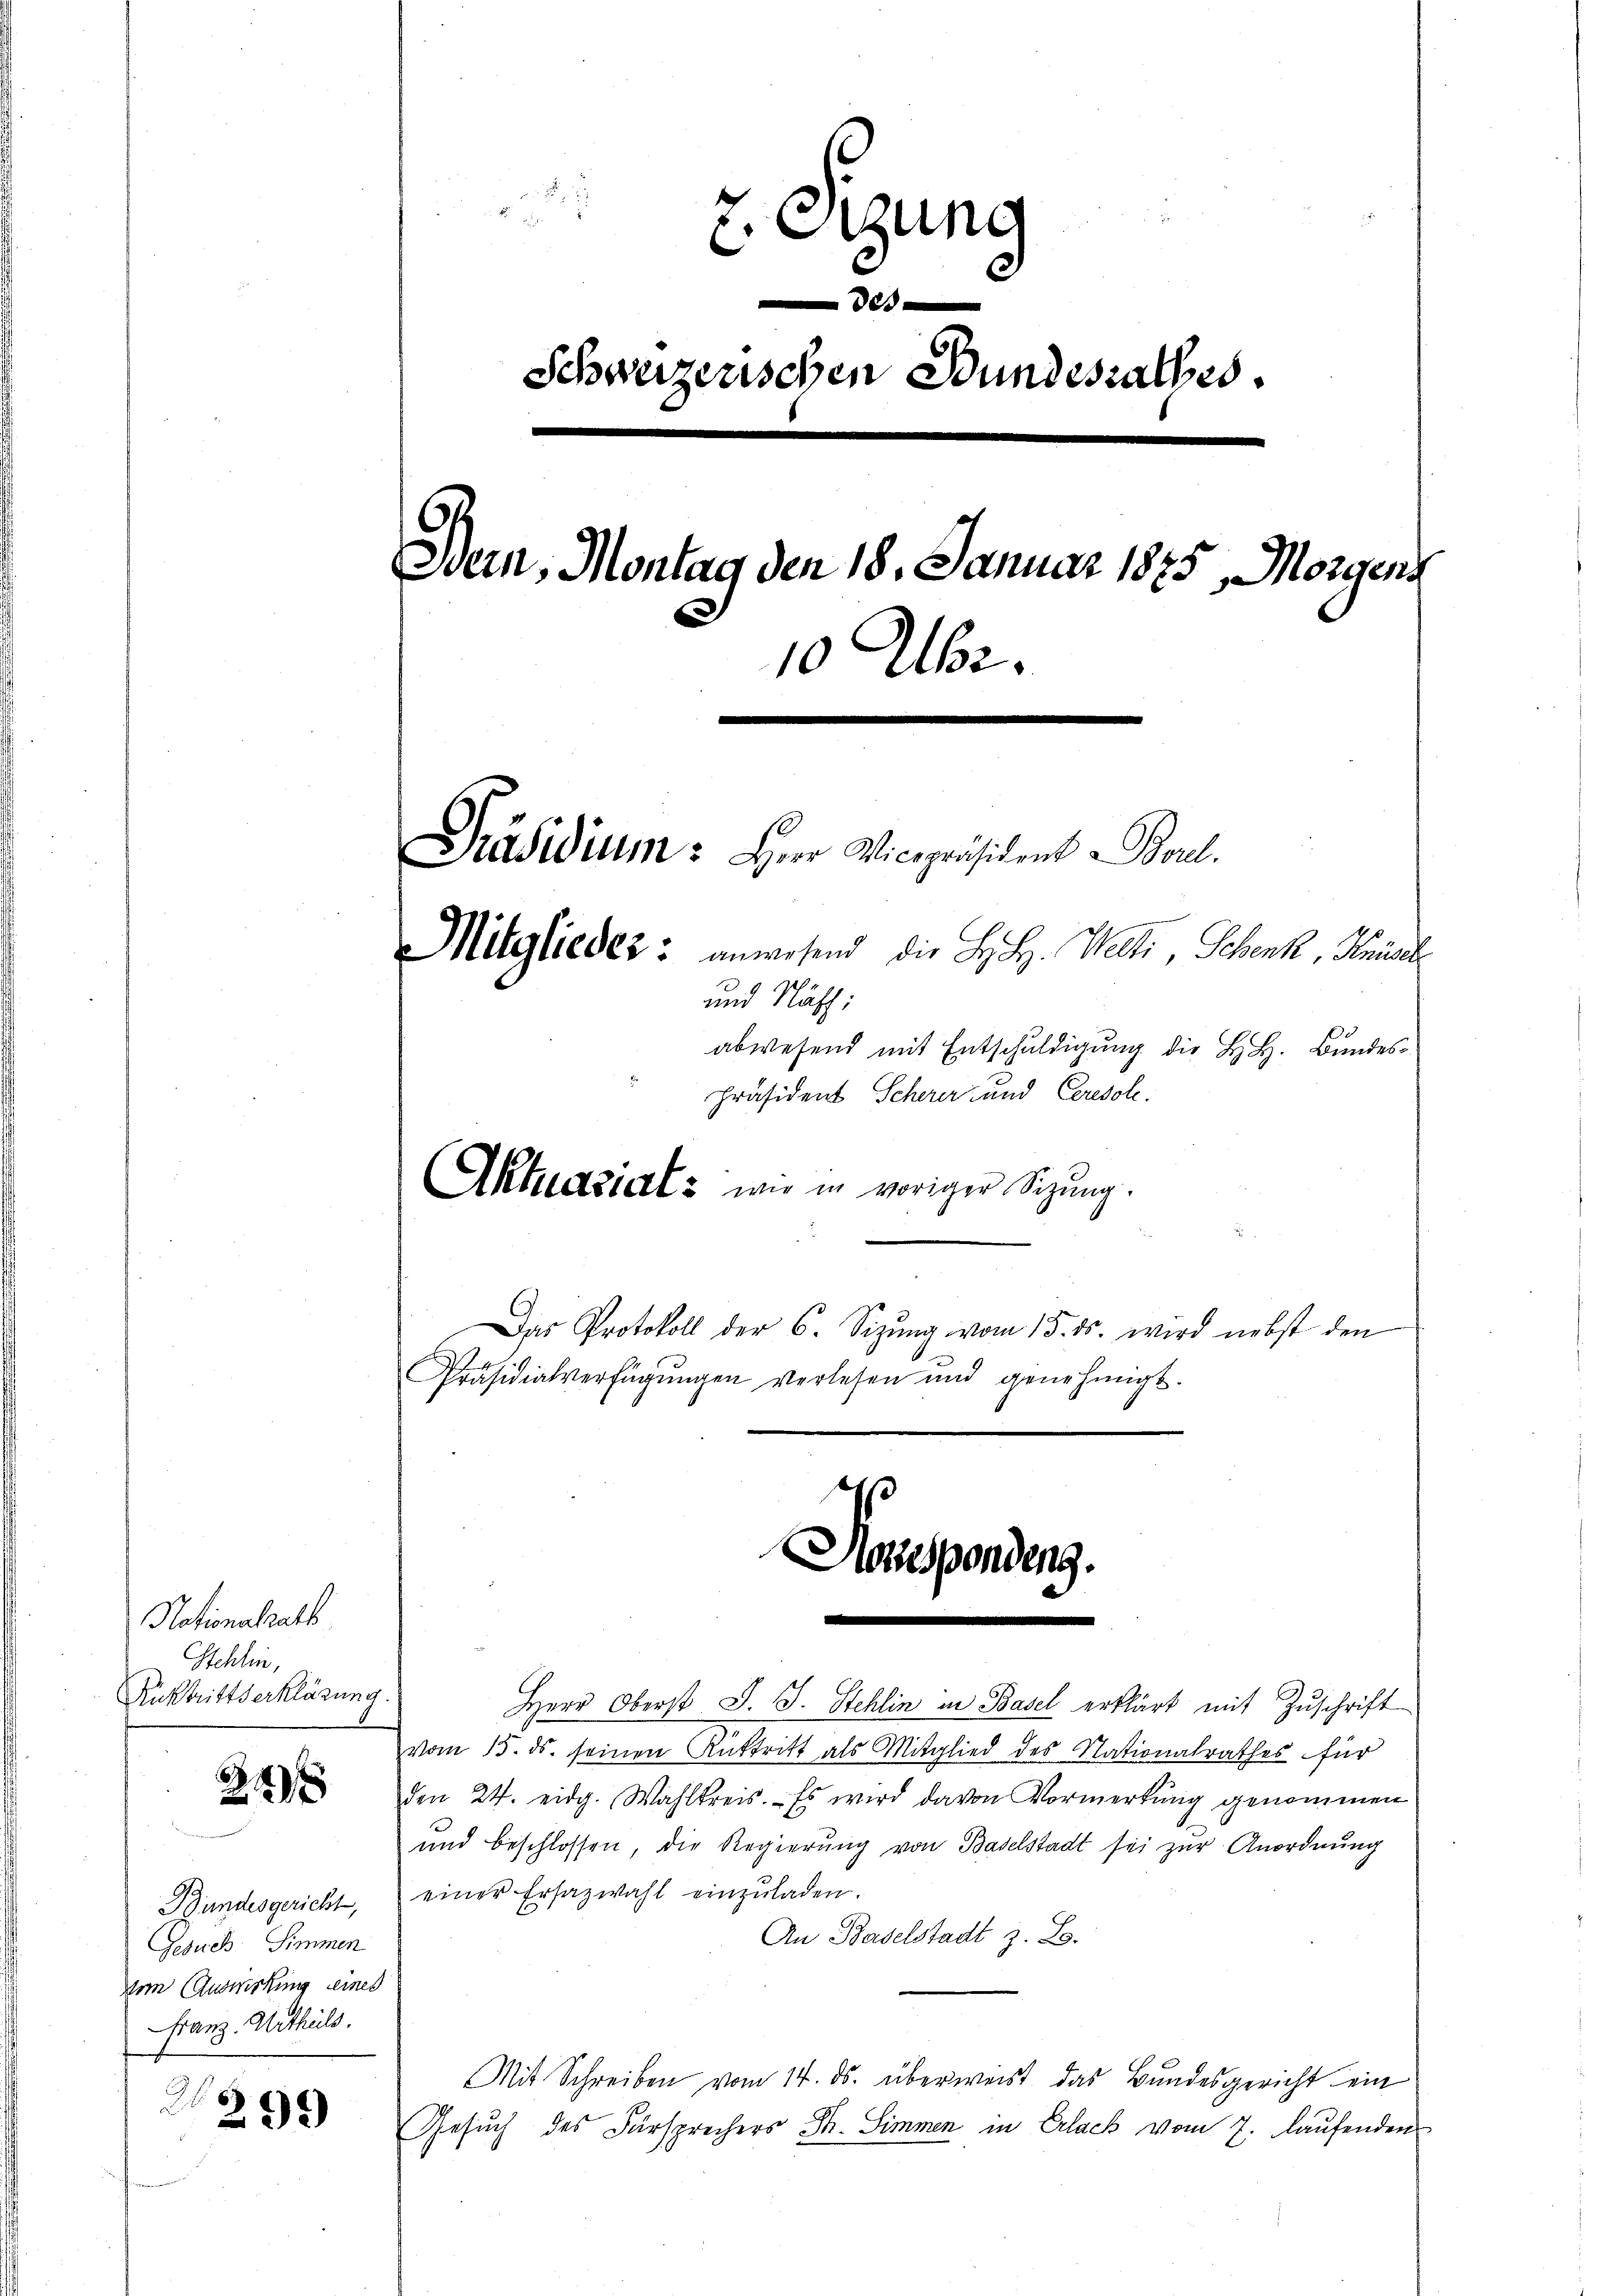
Nationalrath
Schlin,
Rücktrittserklärung

24

Bundesgericht,
Gesuch Simmen
vem Auswirkung eines
Franz. Urtheils.

299)

Sitzung
e
Schweizerischen Bundesrathes.
6.
Bern, Montag den 18. Januar 1875, Morgens
10 Uhr.
.
Präsidium: Herr Vicepräsident - Boul.
Mitglieder: anwesend die H. H. Welti, Schenke, Knüsel
und Näch:
abwesend mit Entschuldigung die H. H. Bundes¬

Präsident Scherer und Ceresoll.
Aktuariats wie in voriger Sitzung.
Das Protokoll der 6. Sizŭng vom 15. ds. wird nebst den
Präsidialverfügŭngen verlesen und genehmigt.

Foresponding.
.

7.
Herr Oberst J. J. Stehlin in Basel erklärt mit Zuschrift
vom 15. ds. seinen Anktritt als Mitglied des Nationalrathes für
den 24. eidg. Wahlkreis. Es wird davon Vormerkung genommen
und beschlossen, die Regierŭng von Baselstadt sei zur Anordnung
einer Ersazwahl einzŭladen.
An Baselstadt z. B.
Mit Schreiben vom 14. ds. überweist das Bundesgericht ein
Gesuch des Fürsprechers Th. Simmen in Erlack vom 7. Laufendens